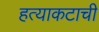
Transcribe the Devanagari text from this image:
हत्याकटाची